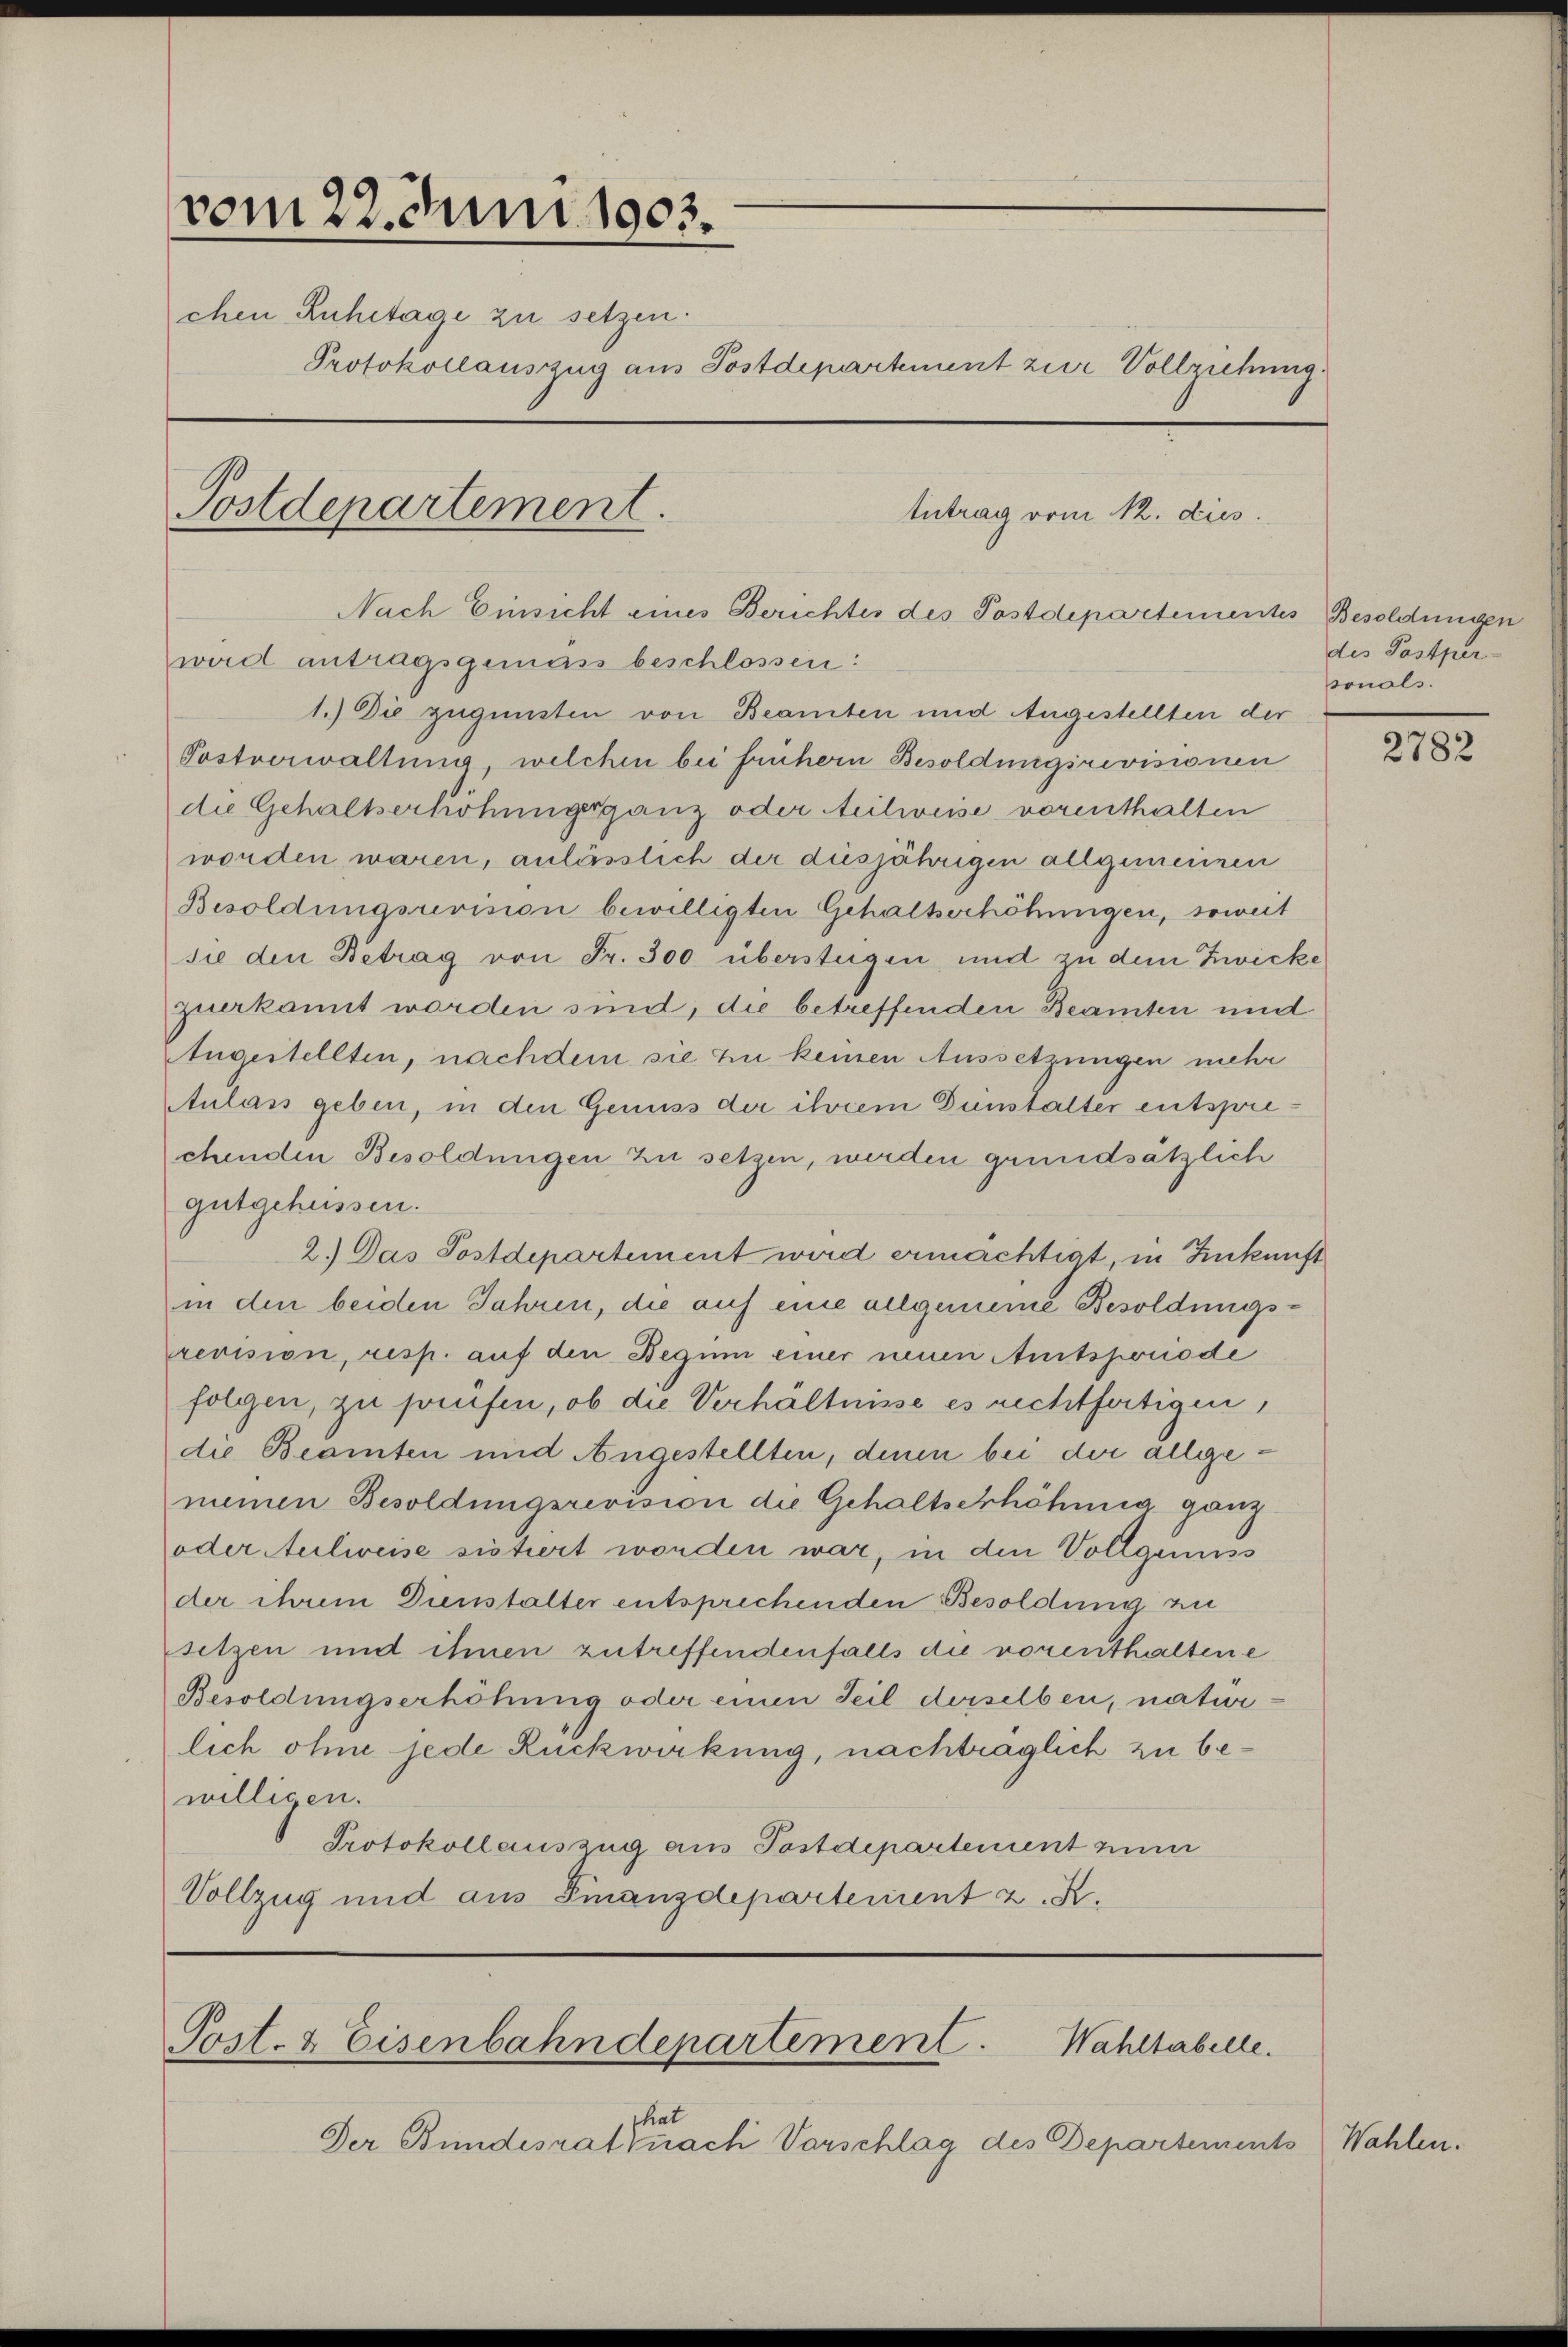
vom 22. Juni 1903.
chen Ruhetage zu setzen.
Protokollauszug aus Postdepartement zur Vollziehung.
Postdepartement.
Antrag vom 12. dies

Nach Einsicht eines Berichtes des Postdepartementes Besoldungen
wird antragsgemäss beschlossen:
1.) Die zugunsten von Beamten und Angestellten der
Postverwaltung, welchen bei frühern Besoldungsrevisionen
die Gehaltserhöhungsganz oder teilweise vorenthalten
worden wären, anlässlich der diesjährigen allgemeinen
Besoldungsrevision bewilligten Gehaltserhöhungen, soweit
sie den Betrag von Fr. 300 überstügen und zu dem Zwicke
zuerkannt worden sind, die betreffenden Beamten und
Augestellten, nachdem sie zu keinen Aussetzungen mehr
Aulass geben, in den Genuss der ihrem Dunstalter entsprechenden Besoldungen zu setzen, werden grundsätzlich
gutgehüssen.
2.) Das Postdepartement wird ermächtigt, in Zukunft
in den beiden Jahren, die auf eine allgemeine Besoldungsrevision, resp. auf den Begum einer neuen Amtsperiode
folgen, zu hafen, ob die Verhältnisse es rechtfertigen,
die Beamten und Angestellten, denen bei der allgemeinen Besoldungsrevision die Gehaltserhöhung ganz
oder Aeilweise sistiert worden war, in den Vollgemess
der ihrem Dienstalter entsprechenden Besoldung zu
setzen und ihnen zutreffendenfalls die vorenthaltene
Besoldungserhöhung oder einen Teil derselben, natur-
lich ohne jede Rückwirkung, nachträglich zu bewilligen.
Protokollauszug aus Postdepartement zum
Vollzug und aus Finanzdepartement z. B.

Post- & Eisenbahndepartement. Wahltabelle.

hat
Der Bundesrat nach Vorschlag des Departements

des Postper-
sonals.

2782

Wahlen.